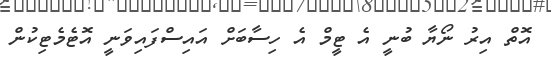
އޮތް އިރު ނޯޔާ ބުނީ އެ ޓީމް އެ ހިސާބަށް އައިސްފައިވަނީ އޮޓެމެޓިކުން